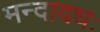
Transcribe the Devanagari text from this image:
मन्दादधः